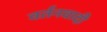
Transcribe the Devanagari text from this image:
वर्तनवादी